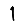
Digit: 1